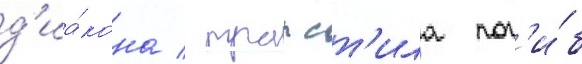
д'иа́кона / трапст'ила пог'и́б